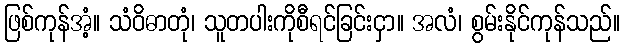
ဖြစ်ကုန်အံ့။ သံဝိဓာတုံ၊ သူတပါးကိုစီရင်ခြင်းငှာ။ အလံ၊ စွမ်းနိုင်ကုန်သည်။